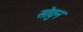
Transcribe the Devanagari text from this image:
सोयुन